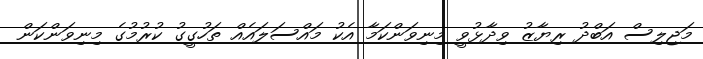
މަޖިލިސް އަބްދު ރިޔާޒު ވިދާޅުވީ މިނިވަންކަމާ އެކު މައްސަލައެއް ތަހުގީގު ކުރުމުގެ މިނިވަންކަން